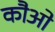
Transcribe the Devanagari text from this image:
कौओ